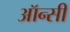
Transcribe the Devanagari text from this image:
ऑन्सी